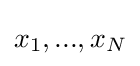
x_{1},...,x_{N}